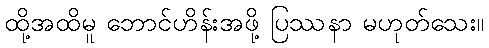
ထို့အထိမူ ဘောင်ဟိန်းအဖို့ ပြဿနာ မဟုတ်သေး။